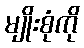
မျိုးစုံကို